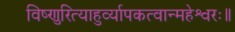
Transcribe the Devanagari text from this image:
विष्णुरित्याहुर्व्यापकत्वान्महेश्वरः॥